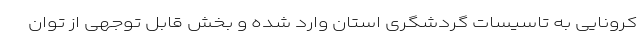
کرونایی به تاسیسات گردشگری استان وارد شده و بخش قابل توجهی از توان